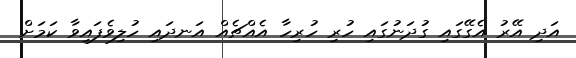
އަދި އޭރު އެގޭގައި ގުދަނުގައި ހުރި ހުރިހާ އެއްޗެއް އަނދައި ހުލިވެފައިވާ ކަމަށް